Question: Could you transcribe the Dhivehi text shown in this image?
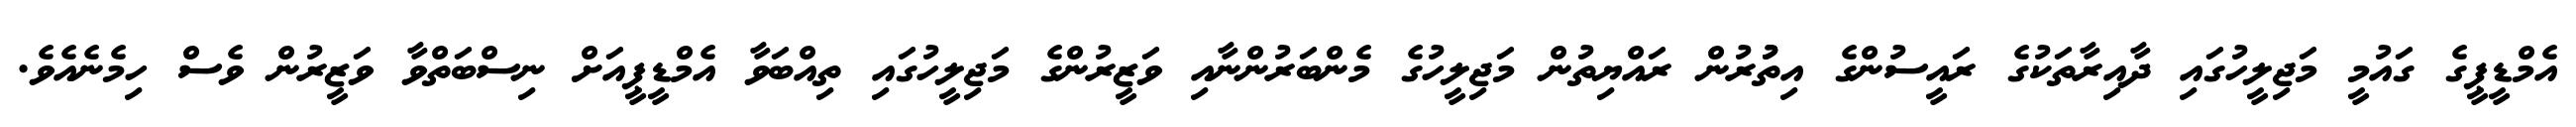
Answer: އެމްޑީޕީގެ ގައުމީ މަޖިލީހުގައި ދާއިރާތަކުގެ ރައީސުންގެ އިތުުރުން ރައްޔިތުން މަޖިލީހުގެ މެންބަރުންނާއި ވަޒީރުންގެ މަޖިލީހުގައި ތިއްބަވާ އެމްޑީޕީއަށް ނިސްބަތްވާ ވަޒީރުން ވެސް ހިމެނެއެވެ.